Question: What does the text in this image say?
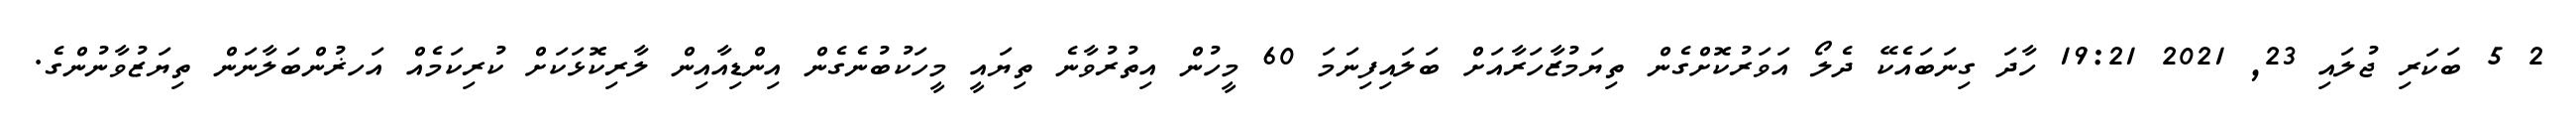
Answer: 2 5 ބަކަރި ޖުލައި 23, 2021 19:21 ހާދަ ގިނަބައެކޭ ދެލޯ އަވަރުކޮށްގެން ތިޔަމުޒާހަރާއަށް ބަލައިފިނަމަ 60 މީހުން އިތުރުވާނެ ތިޔައީ މީހަކުބުނެގެން އިންޑިއާއިން ލާރިކޮޅަކަށް ކުރިކަމެއް އަހޜުންބަލާނަން ތިޔަޒުވާނުންގެ.